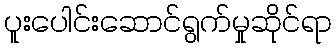
ပူးပေါင်းဆောင်ရွက်မှုဆိုင်ရာ